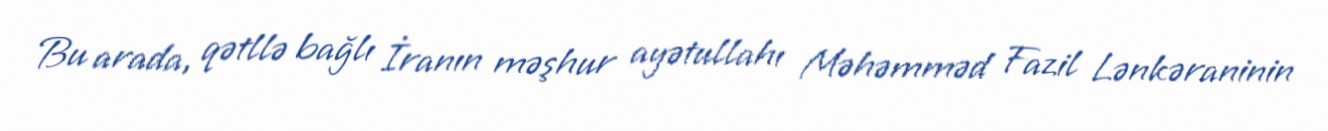
Bu arada, qətllə bağlı İranın məşhur ayətullahı Məhəmməd Fazil Lənkəraninin